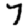
Digit: 7